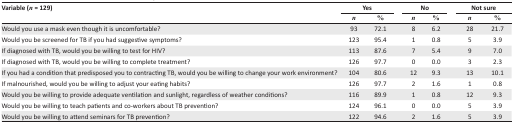
<table><thead><tr><td rowspan="2"><b>Variable (<i>n</i> = 129)</b></td><td colspan="2"><b>Yes</b></td><td colspan="2"><b>No</b></td><td colspan="2"><b>Not sure</b></td></tr><tr><td></td><td><b><i>n</i></b></td><td><b>%</b></td><td><b><i>n</i></b></td><td><b>%</b></td><td><b><i>n</i></b></td><td><b>%</b></td></tr></thead><tbody><tr><td>Would you use a mask even though it is uncomfortable?</td><td>93</td><td>72.1</td><td>8</td><td>6.2</td><td>28</td><td>21.7</td></tr><tr><td>Would you be screened for TB if you had suggestive symptoms?</td><td>123</td><td>95.4</td><td>1</td><td>0.8</td><td>5</td><td>3.9</td></tr><tr><td>If diagnosed with TB, would you be willing to test for HIV?</td><td>113</td><td>87.6</td><td>7</td><td>5.4</td><td>9</td><td>7.0</td></tr><tr><td>If diagnosed with TB, would you be willing to complete treatment?</td><td>126</td><td>97.7</td><td>0</td><td>0.0</td><td>3</td><td>2.3</td></tr><tr><td>If you had a condition that predisposed you to contracting TB, would you be willing to change your work environment?</td><td>104</td><td>80.6</td><td>12</td><td>9.3</td><td>13</td><td>10.1</td></tr><tr><td>If malnourished, would you be willing to adjust your eating habits?</td><td>126</td><td>97.7</td><td>2</td><td>1.6</td><td>1</td><td>0.8</td></tr><tr><td>Would you be willing to provide adequate ventilation and sunlight, regardless of weather conditions?</td><td>116</td><td>89.9</td><td>1</td><td>0.8</td><td>12</td><td>9.3</td></tr><tr><td>Would you be willing to teach patients and co-workers about TB prevention?</td><td>124</td><td>96.1</td><td>0</td><td>0.0</td><td>5</td><td>3.9</td></tr><tr><td>Would you be willing to attend seminars for TB prevention?</td><td>122</td><td>94.6</td><td>2</td><td>1.6</td><td>5</td><td>3.9</td></tr></tbody></table>